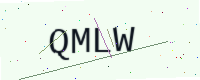
Text: QMLW